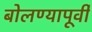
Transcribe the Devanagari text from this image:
बोलण्यापूर्वी